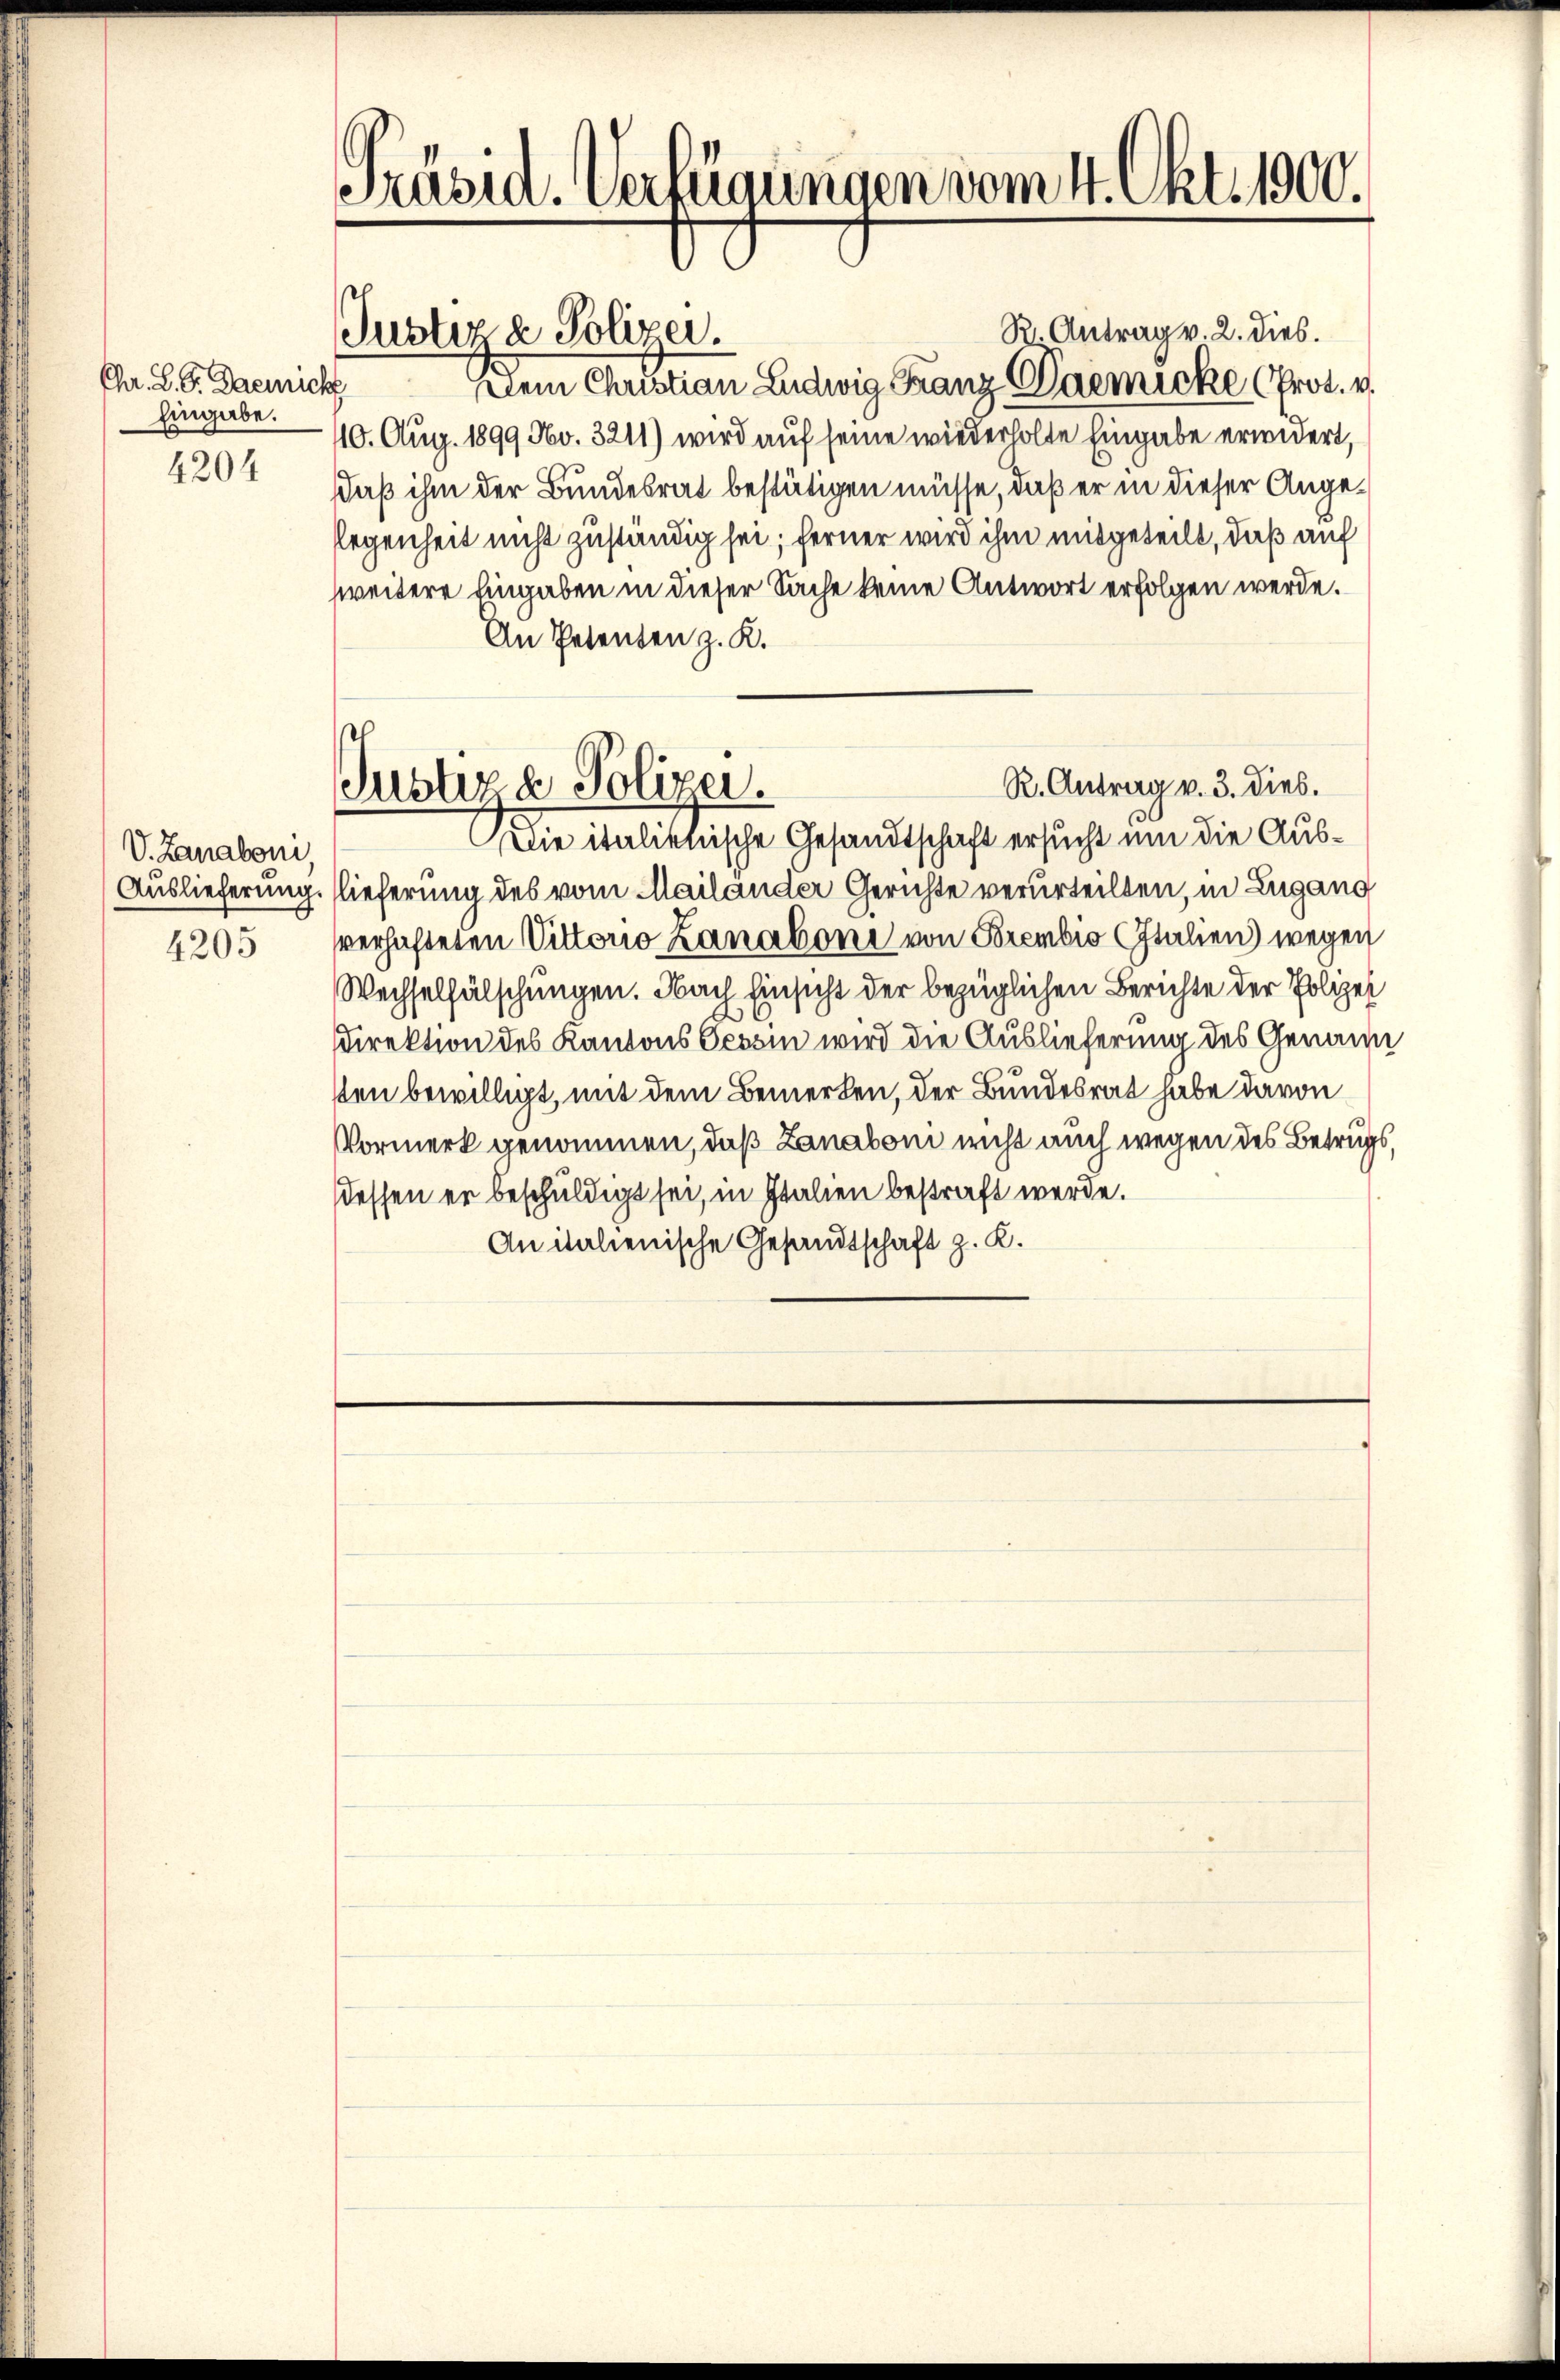
Chr. Z. G. Daemich
Eingabe.
4204

Präsid. Verfügungen vom 4. Okt. 1900.

V. Zanaboni,
4205

Justiz & Polizei.

R. Antrag v. 3. dies.
Justiz & Polizei.
wie italiktische Gesandtschaft ersucht um die Aus¬

R. Antrag v. 2. dies.
Dem Christian Ludwig Franz Daemicke (prot. v.
110. Aug. 1899 No. 3211) wird auf seine wiederholte Eingabe erwidert,
Daß ihm der Bundesrat bestätigen müsse, daß er in dieser Angelegenheit nicht zuständig sei; ferner wird ihm mitgeteilt, daß auf
weitere Eingaben in dieser Sache keine Antwort erfolgen werde.
An Petenten z. K.
Auslieferung lieferung des vom Mailander Gerichte verurteilten, in Lugang
verhafteten Vittorio Lanaboni von Brembio Italien) wegen
Wechselfälschungen. Nach Einsicht der bezüglichen Berichte der Polizei
Direktion des Kantons Tessin wird die Auslieferung des Genann
sten bewilligt, mit dem Bemerken, der Bundesrat habe davon
Vormerk genommen, daß Zanaboni nicht auch wegen des Betrugs,
dessen er beschuldigt sei, in Italien bestraft werde.
Anitalienische Gesandtschaft z. K.